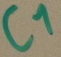
Text: C1